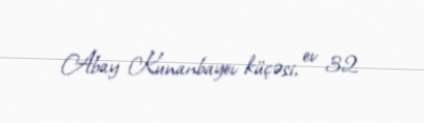
Abay Kunanbayev küçəsi, ev 32